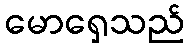
မောရှေသည်